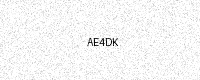
Text: AE4DK